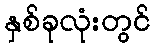
နှစ်ခုလုံးတွင်